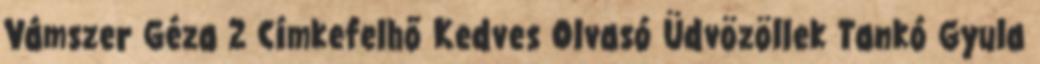
Vámszer Géza 2 Címkefelhő Kedves Olvasó Üdvözöllek Tankó Gyula